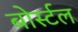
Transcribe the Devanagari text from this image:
बोर्स्टल